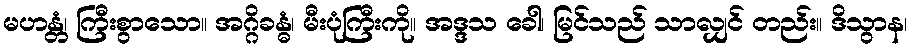
မဟန္တံ၊ ကြီးစွာသော။ အဂ္ဂိခန္ဓံ၊ မီးပုံကြီးကို။ အဒ္ဒသ ခေါ၊ မြင်သည် သာလျှင် တည်း။ ဒိသွာန၊